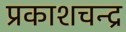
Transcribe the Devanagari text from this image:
प्रकाशचन्द्र